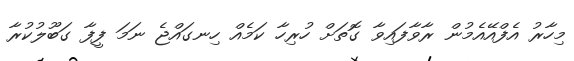
މިހާރު އެފްއޭއެމުން ރާވާފައިވާ ގޮތަށް ހުރިހާ ކަމެއް ހިނގައްޖެ ނަމަ ފީފާ ގަބޫލުކުރާ